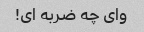
وای چه ضربه ای!